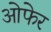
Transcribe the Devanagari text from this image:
ओफेर